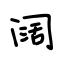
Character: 阔